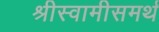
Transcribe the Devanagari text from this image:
श्रीस्वामीसमर्थ